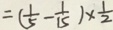
= ( \frac { 1 } { 5 } - \frac { 1 } { 1 5 } ) \times \frac { 1 } { 2 }